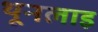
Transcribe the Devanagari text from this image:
थूनलाइ